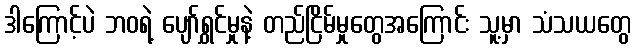
ဒါကြောင့်ပဲ ဘဝရဲ့ ပျော်ရွှင်မှုနဲ့ တည်ငြိမ်မှုတွေအကြောင်း သူ့မှာ သံသယတွေ